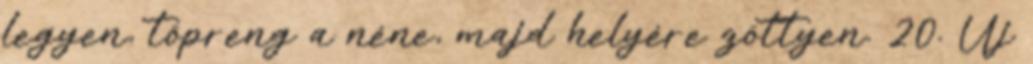
legyen, töpreng a néne, majd helyére zöttyen. 20. Új